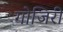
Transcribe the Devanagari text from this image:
गोजिरी